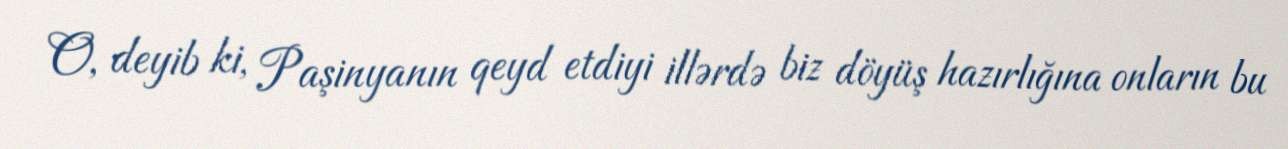
O, deyib ki, Paşinyanın qeyd etdiyi illərdə biz döyüş hazırlığına onların bu